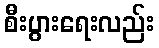
စီးပွားရေးလည်း